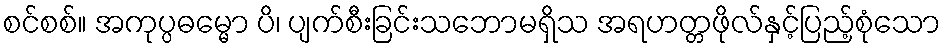
စင်စစ်။ အကုပ္ပဓမ္မော ပိ၊ ပျက်စီးခြင်းသဘောမရှိသ အရဟတ္တဖိုလ်နှင့်ပြည့်စုံသော